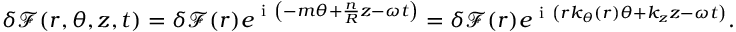
\begin{array} { r } { \delta \mathcal { F } ( r , \theta , z , t ) = \delta \mathcal { F } ( r ) e ^ { \mathrm { ~ i ~ } \left( - m \theta + \frac { n } { R } z - \omega t \right) } = \delta \mathcal { F } ( r ) e ^ { \mathrm { ~ i ~ } \left( r k _ { \theta } ( r ) \theta + k _ { z } z - \omega t \right) } . } \end{array}